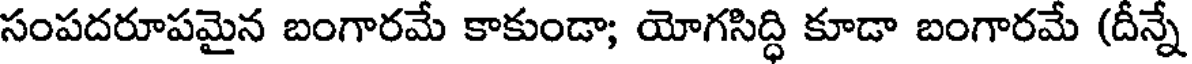
సంపదరూపమైన బంగారమే కాకుండా; యోగసిద్ధి కూడా బంగారమే (దీన్నే